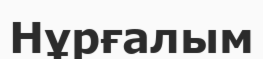
Нұрғалым